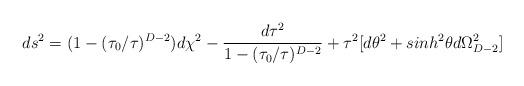
LaTeX: \begin{align*}ds^2= (1-(\tau_0/\tau)^{D-2}) d\chi^2 -\frac{d\tau^2}{1-(\tau_0/\tau)^{D-2} } + \tau^2[ d\theta^2 +sinh^2\theta d\Omega^2_{D-2}]\end{align*}